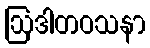
ဩဒါတဝသနာ